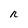
Character: r